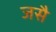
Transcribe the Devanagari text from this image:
जसै